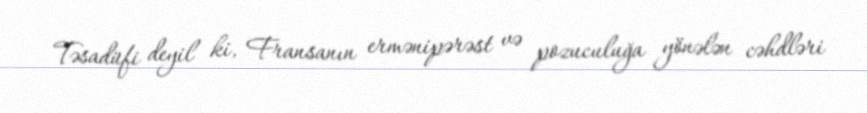
Təsadüfi deyil ki, Fransanın ermənipərəst və pozuculuğa yönələn cəhdləri